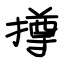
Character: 撙